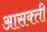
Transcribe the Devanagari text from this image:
आसक्‍ती